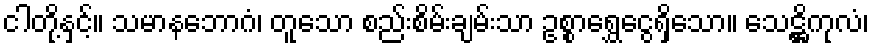
ငါတို့နှင့်။ သမာနဘောဂံ၊ တူသော စည်းစိမ်းချမ်းသာ ဥစ္စာရွှေငွေရှိသော။ သေဋ္ဌိကုလံ၊